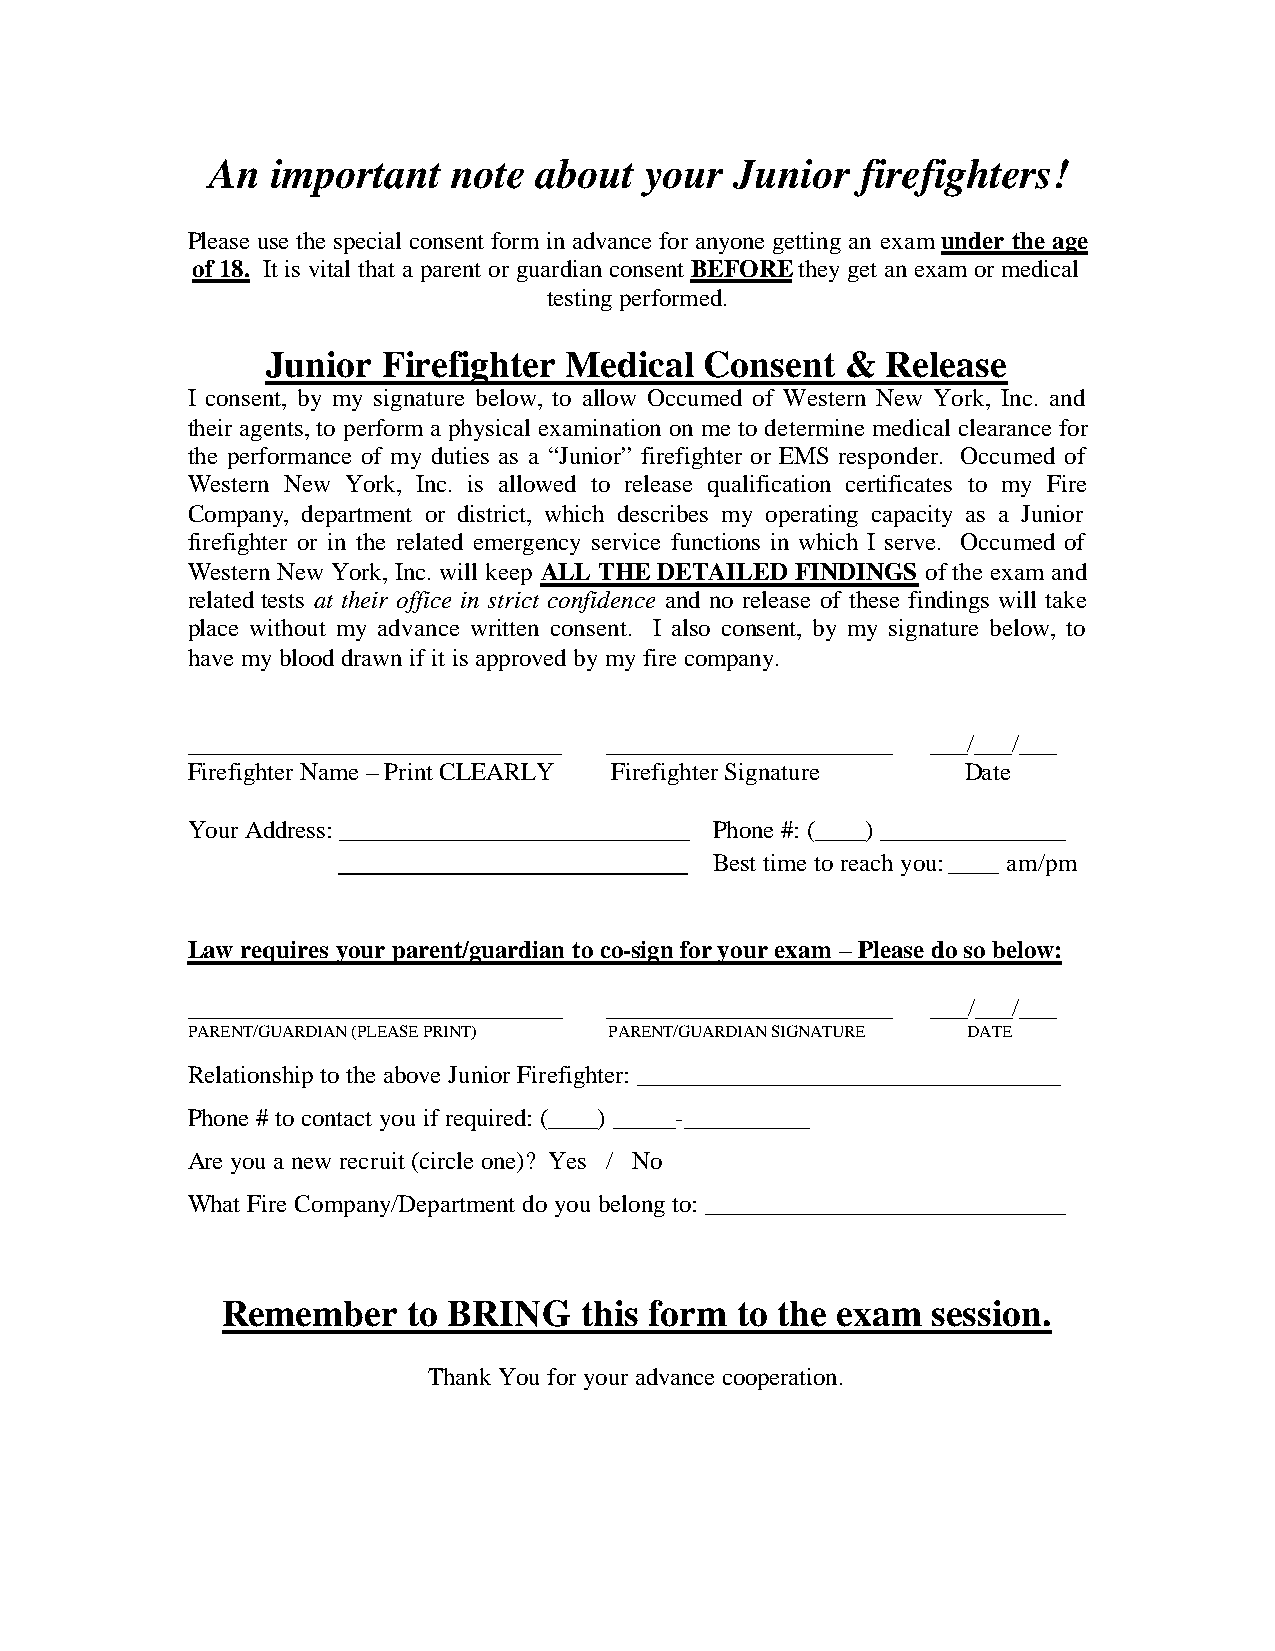
An  important   note  about  your  Junior  firefighters!
 Please use the special consent form in advance for anyone getting an exam under the age
 of 18. It is vital that a parent or guardian consent BEFORE they get an exam or medical
 testing performed.
 Junior Firefighter Medical   Consent  &  Release
 I consent, by my signature below, to allow Occumed of Western New York, Inc. and
 their agents, to perform a physical examination on me to determine medical clearance for
 the performance of my duties as a “Junior” firefighter or EMS responder. Occumed of
 Western New York, Inc. is allowed to release qualification certificates to my Fire
 Company, department or district, which describes my operating capacity as a Junior
 firefighter or in the related emergency service functions in which I serve. Occumed of
 Western New York, Inc. will keep ALL THE DETAILED FINDINGS of the exam and
 related tests at their office in strict confidence and no release of these findings will take
 place without my advance written consent. I also consent, by my signature below, to
 have my blood drawn if it is approved by my fire company.
 ______________________________ _______________________ ___/___/___
 Firefighter Name – Print CLEARLY Firefighter Signature Date
 Your Address: ____________________________ Phone #: (____) _______________
 ________________________ Best time to reach you: ____ am/pm
 Law requires your parent/guardian to co-sign for your exam – Please do so below:
 ______________________________ _______________________ ___/___/___
 PARENT/GUARDIAN (PLEASE PRINT) PARENT/GUARDIAN SIGNATURE DATE
 Relationship to the above Junior Firefighter: __________________________________
 Phone # to contact you if required: (____) _____-__________
 Are you a new recruit (circle one)? Yes / No
 What Fire Company/Department do you belong to: _____________________________
 Remember    to BRING   this form  to the exam  session.
 Thank You for your advance cooperation.